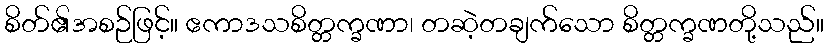
စိတ်၏အစဉ်ဖြင့်။ ဧကာဒသစိတ္တက္ခဏာ၊ တဆဲ့တချက်သော စိတ္တက္ခဏတို့သည်။